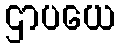
ဌာပယေ